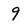
Character: 9